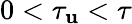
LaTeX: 0<\tau_{\mathbf{u}}<\tau